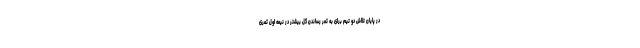
در پایان تلاش دو تیم برای به ثمر رساندن گل بیشتر در نیمه اول ثمری